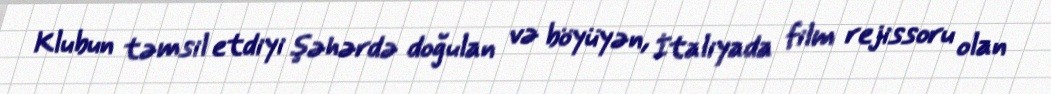
Klubun təmsil etdiyi şəhərdə doğulan və böyüyən, İtaliyada film rejissoru olan